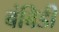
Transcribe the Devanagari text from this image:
बंबिडी